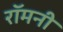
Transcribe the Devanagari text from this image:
रॉमनी